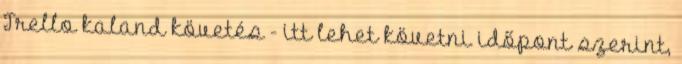
Trello kaland követés - itt lehet követni időpont szerint,